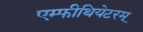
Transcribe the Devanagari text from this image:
एम्फीथियेटरम्